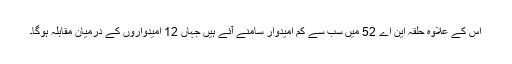
اس کے علاوہ حلقہ این اے 52 میں سب سے کم امیدوار سامنے آئے ہیں جہاں 12 امیدواروں کے درمیان مقابلہ ہوگا۔